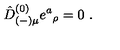
\hat { D } _ { ( - ) \mu } ^ { ( 0 ) } e ^ { a } { } _ { \rho } = 0 \ .